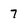
Character: 7